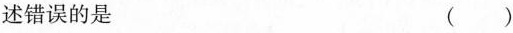
述错误的是 ()